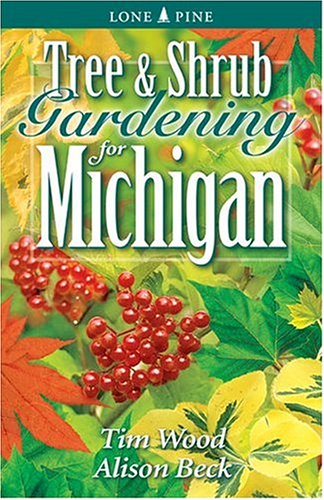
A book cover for Tree and Shrub Gardening for Michigan (Lone Pine Guide); Tim Wood; Crafts, Hobbies & Home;